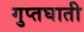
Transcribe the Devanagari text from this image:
गुप्तघाती